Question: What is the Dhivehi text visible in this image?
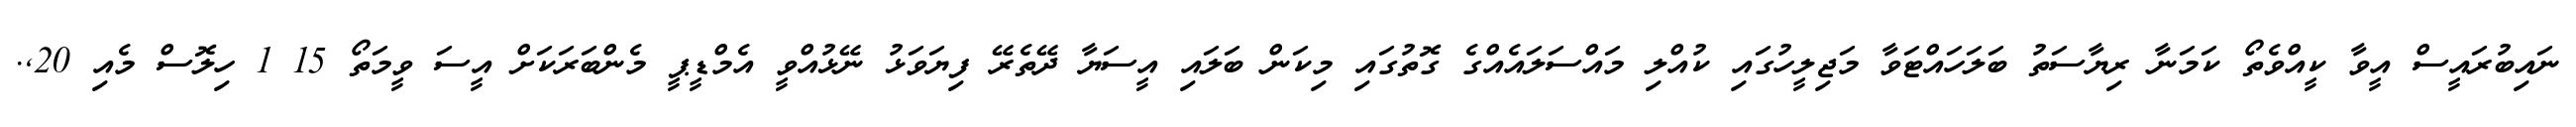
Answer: ނައިބުރައީސް އީވާ ކީއްވެތޯ ކަމަނާ ރިޔާސަތު ބަލަހައްޓަވާ މަޖިލީހުގައި ކުއްލި މައްސަލައެއްގެ ގޮތުގައި މިކަން ބަލައި އީސަޔާ ދޭތެރޭ ފިޔަވަޅު ނޭޅުއްވީ އެމްޑީޕީ މެންބަރަކަށް އީސަ ވީމަތޯ 15 1 ހިލޮސް މެއި 20,.